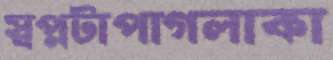
স্বপ্নটাপাগলাকা